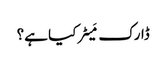
ڈارک مَیٹر کیا ہے؟